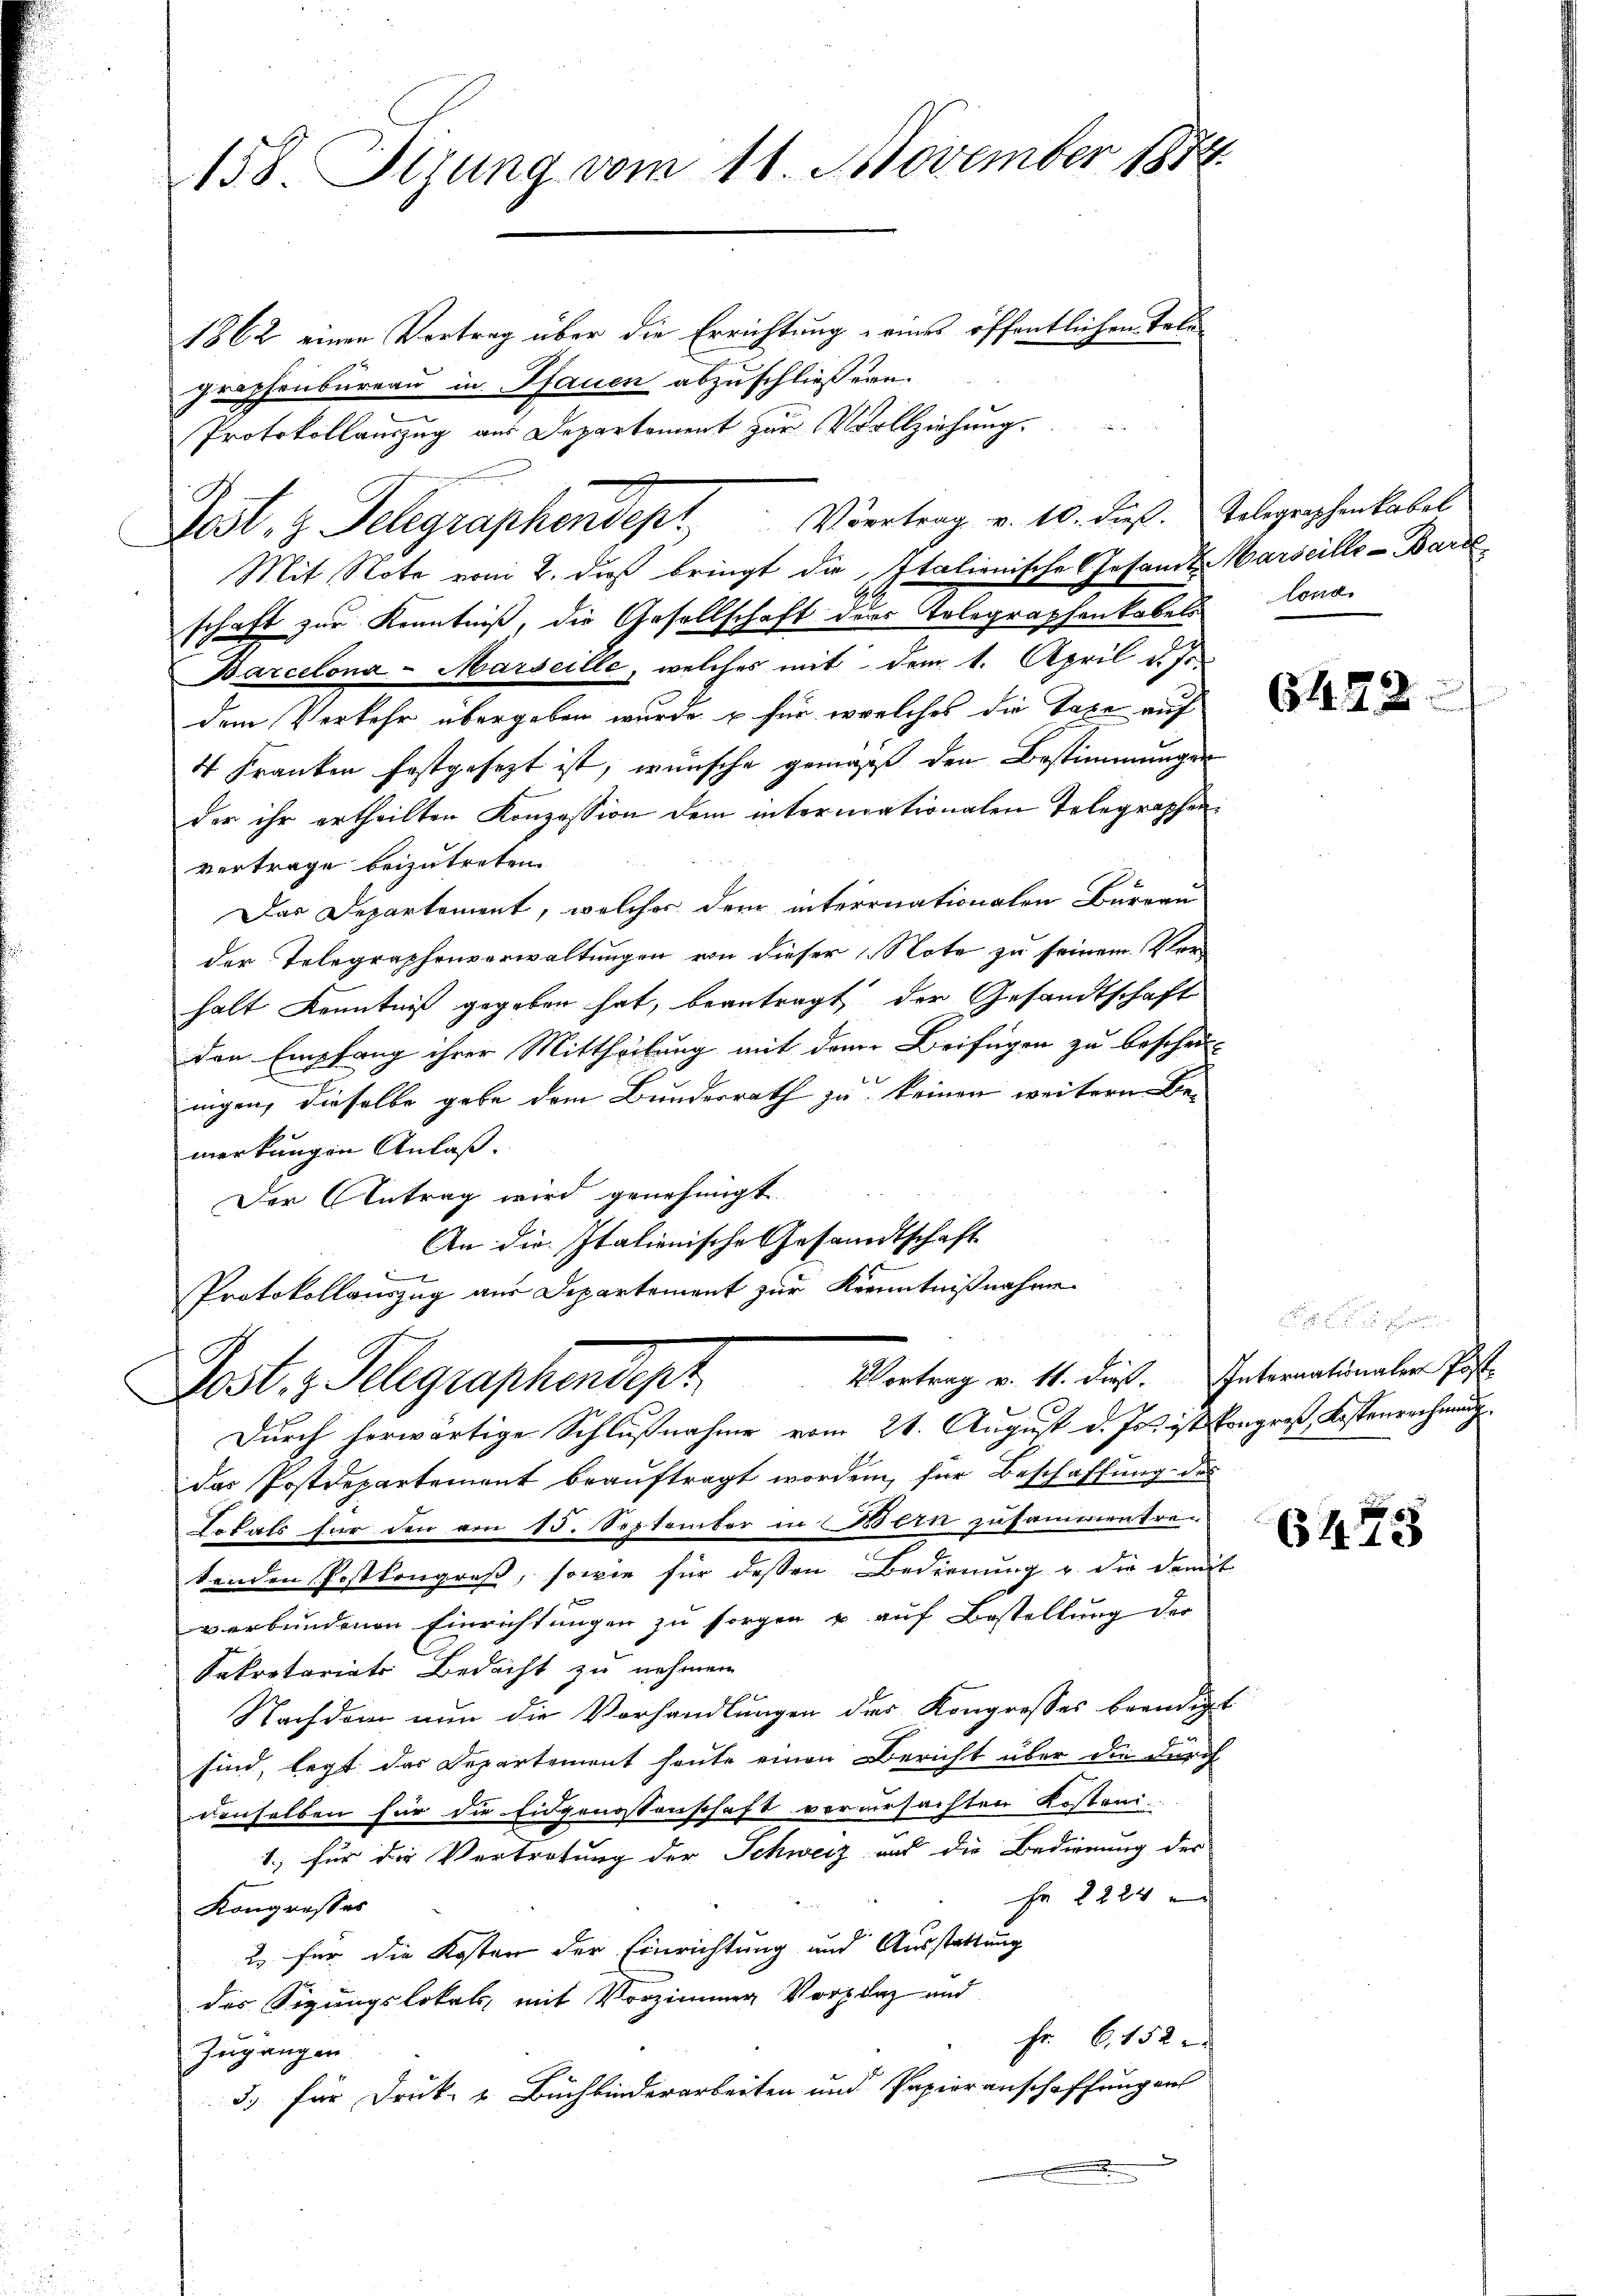
158. Sizung vom 11. November 1874
1862 einen Vortrag über die Errichtung eines öffentlichen Tele¬

graphenbureau in Pfauen abzuschließern.
“
Protokollauszug aus Departement zur Vollziehung
F.
Lest, z. Telegraphendept Viertrag v. 10. dieß. Telegraphenkabel
Mit Note vom 2. dieß bringt die Italienische Gesandt Marseille-Bartl
schaft zur Kenntniß, die Gesellschaft der Telegraphenkabels longa¬
Barcelona - Marseille, welches mit dem 1. April d. Js.
dem Verkehr übergeben wurde, u für welches die Taxe auf
4 Franken festgesezt ist, wünsche gemäß den Bestimmungen
der ihr ertheilten Konzession dem intermationalen Telegraphenvertrage beizutreten
Das Departement, welcher dem internationalen Bureau
der Telegraphenverwaltungen von dieser „Note zu seinem Vorhalt Kenntniß gegeben hat, beantragt der Gesandtschaft
den Empfang ihrer Mittheilung mit dem Beifügen zu beschei-
nigen, dieselbe gebe dem Bundesrath zu keinen weitere Be-
merkungen Anlaß.
Der Antrag wird genehmigt.
An die Italienische Gesandtschaft
b
Protokollauszug aus Departement zur Kenntnißnahme
Vortrag v. 11. dieß. Internationaler Post
Post.  Telegraphendept
Durch herwärtige Schlußnahme vom 21. August d. Js. ist kongroß, Kostenrechnung
das Postdepartement beauftragt worden, für Beschaffung des
Lokals für den am 15. September in Bern zusammentre-
tenden Postkongreß, sowie für dessen Bedienung u. die damit
verbundenen Einrichtungen zu sorgen u auf Bestellung der
Sekretariats Bedacht zu nehmen.
Nachdem nun die Vorhandlungen des Kongresses beendigt
sind, legt das Departement heute einen Bericht über die durch
denselben für die Eidgenossenschaft verursachten Kostani
1.) für die Vertretung der Schweiz und die Bedienung der
Fr. 2284 an
Kongresses
2. für die Kosten der Einrichtung und Ausstattung
des Sizungslokals, mit Vorzimmer Vorplaz und
Fr. 6, 152
Zugangen.
3) für Druk- & Buchbinderarbeiten und Papierenschaffung an
.

.

6473

6445